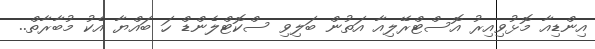
އިންޑިއާ މޮޅުވިއިރު އޮސްޓްރޭލިއާ އަތުން ބަލިވި ސްކޮޓްލެންޑް ހަ ބައްޔާ އެކު މުބާރާތް..